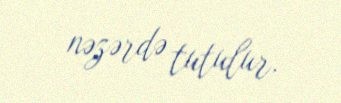
nəzərdə tutulur.